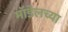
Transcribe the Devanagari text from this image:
मॉडेलच्या